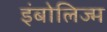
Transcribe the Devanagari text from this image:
इंबोलिज्म